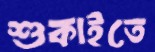
শুকাইতে